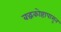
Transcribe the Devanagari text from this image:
बद्धकोष्टापासून